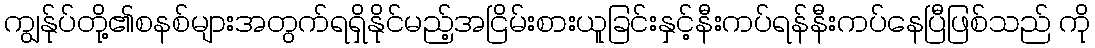
ကျွန်ုပ်တို့၏စနစ်များအတွက်ရရှိနိုင်မည့်အငြိမ်းစားယူခြင်းနှင့်နီးကပ်ရန်နီးကပ်နေပြီဖြစ်သည် ကို